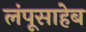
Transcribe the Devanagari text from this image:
लंपूसाहेब